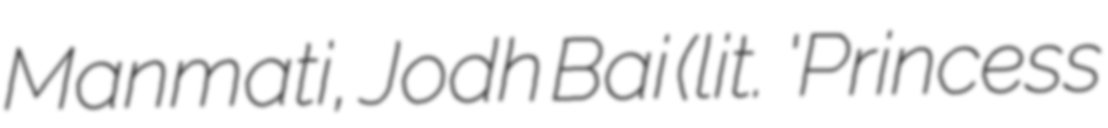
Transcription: Manmati, Jodh Bai (lit. 'Princess